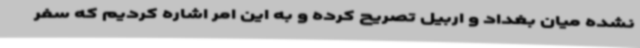
نشده میان بغداد و اربیل تصریح کرده و به این امر اشاره کردیم که سفر